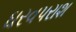
ઘરવપરાશ